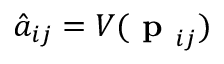
\hat { a } _ { i j } = V ( \textbf { p } _ { i j } )